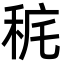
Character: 䅊